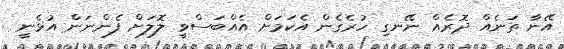
އޭނާ ތަނެއް ދޮރެއް ނޭނގި ހުރެގެން އެކަމަށް އެއްބަސްވީ ލޮލަށް ފެންނަން އުޅެނީ